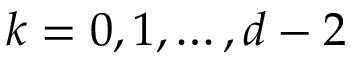
k = 0 , 1 , \dots , d - 2